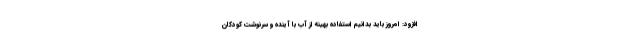
افزود: امروز باید بدانیم استفاده بهینه از آب با آینده و سرنوشت کودکان